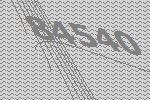
84540